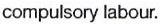
compulsory labour.